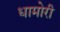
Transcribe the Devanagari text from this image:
धामोरी